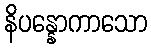
နိပန္နောကာသော